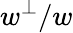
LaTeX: w^{\perp}/w